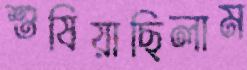
শুষিয়াছিলাম